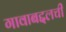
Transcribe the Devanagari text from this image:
गावाबद्दलची